system: You are a helpful assistant.
user:
Analyze the provided spectrum to determine if it is a **Carbon Star (C-type)**.

- **Key Visual Indicators of Carbon Star:**
    - **(Primary):** Strong molecular absorption from **C₂ (diatomic carbon) "Swan Bands."** This is the **defining feature** of a carbon star.
        - **(Key Bandheads):** Sharp absorption edges are visible at approximately $5635$ Å, $5165$ Å (the strongest band), and $4737$ Å.
        - **(Line Profile):** Creates a distinct **"saw-tooth"** pattern. The key morphology is a sharp, steep bandhead on the **red (long-wavelength) side**, which then gradually tapers off (i.e., flux recovers) towards the **blue (short-wavelength) side**. *(This is the direct opposite of the TiO bands seen in M-type stars)*.

    - **(Secondary):** Intense **CN (cyanogen)** molecular absorption bands.
        - **(Key Bandheads):** Located in the blue and violet regions of the spectrum (e.g., near $4215$ Å and $3883$ Å).
        - **(Morphology):** These bands are extremely broad and act as a "blanket," absorbing the vast majority of blue and violet light. This creates a characteristic **"cliff"** or **"steep drop-off"** in the spectrum's flux at short wavelengths.

    - **(Key Confirmation):** Strong **CH absorption band (G-band)**.
        - **(Key Bandhead):** Located around $4300$ Å. The contribution from CH molecules to this band is exceptionally strong.

    - **(Overall Spectrum):**
        - The continuum is severely "chopped up" by these deep molecular bands, especially C₂, rather than appearing as a smooth curve.
        - Due to the heavy CN and C₂ absorption in the blue-green, the vast majority of the star's flux is concentrated in the red part of the spectrum, giving the star its characteristic deep red color.

Think first, call **spectral_visualization_tool** if needed to examine features in detail, then provide your final answer. Your response must adhere to the following strict rules:
1.  **Overall Structure:** Your response must follow the format `<think>...</think> <tool_call>...</tool_call> (if a tool is used) <answer>...</answer>`.
2.  **Tool Usage Constraint:** You may only make **one** tool call per turn.
3.  **Final Answer Format:** In the `<answer>` tag, your conclusion must be inside a `\boxed{}` command (e.g., `\boxed{YES}`), followed by your justification.

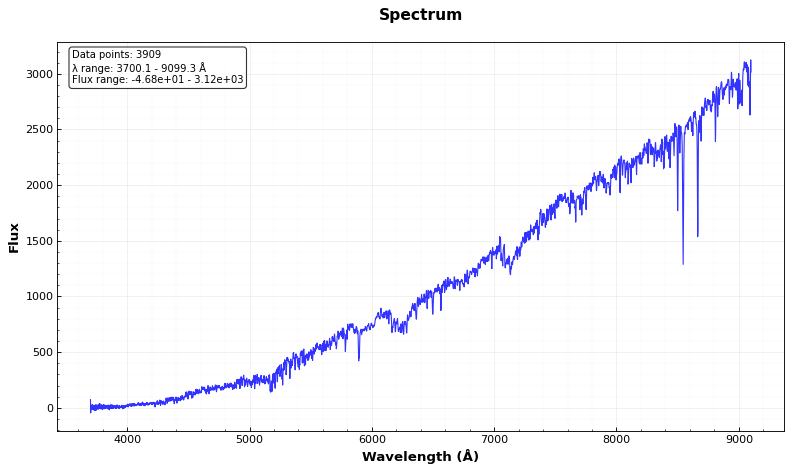
Answer: NO